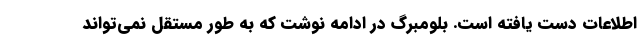
اطلاعات دست یافته است. بلومبرگ در ادامه نوشت که به طور مستقل نمی‌تواند